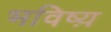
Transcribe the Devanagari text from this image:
भविष्य़